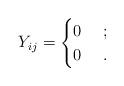
LaTeX: \begin{align*}Y_{ij} =\begin{cases}0 & \ ;\\0 & \ .\end{cases}\end{align*}